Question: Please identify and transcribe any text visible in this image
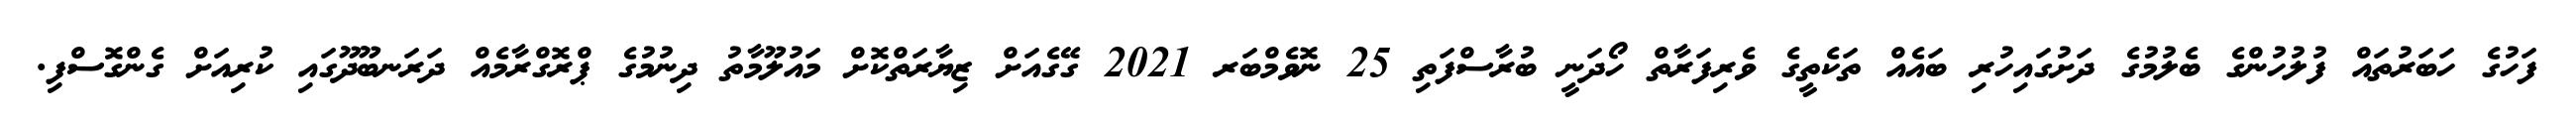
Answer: ފަހުގެ ހަބަރުތައް ފުލުހުންގެ ބެލުމުގެ ދަށުގައިހުރި ބައެއް ތަކެތީގެ ވެރިފަރާތް ހޯދަނީ ބުރާސްފަތި 25 ނޮވެމްބަރ 2021 ގޭގެއަށް ޒިޔާރަތްކޮށް މައުލޫމާތު ދިނުމުގެ ޕްރޮގްރާމެއް ދަރަނބޫދޫގައި ކުރިއަށް ގެންގޮސްފި.